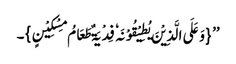
’’ {وَعَلَی الَّذِیْنَ یُطِیْقُوْنَہٗ فِدْیَۃٌ طَعَامُ مِسْکِیْنٍ}۔